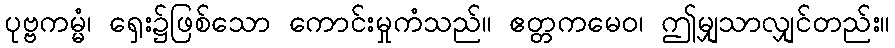
ပုဗ္ဗကမ္မံ၊ ရှေး၌ဖြစ်သော ကောင်းမှုကံသည်။ ဧတ္တကမေဝ၊ ဤမျှသာလျှင်တည်း။